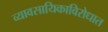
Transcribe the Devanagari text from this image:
व्यावसायिकाविरोधात